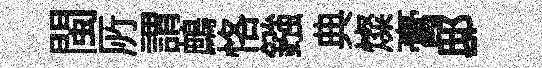
閩𠩄謂鷓恪鏹典燦膏邸